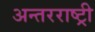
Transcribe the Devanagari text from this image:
अन्तरराष्ट्री